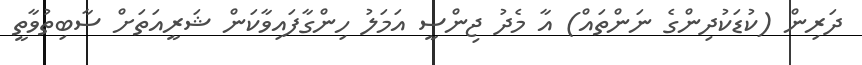
ދަރިން (ކުޑަކުދިންގެ ނަންތައް) އާ މެދު ޖިންސީ އަމަލު ހިންގާފައިވާކަން ޝަރީއަތަށް ސާބިތުވާތީ